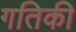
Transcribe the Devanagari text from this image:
गतिकी